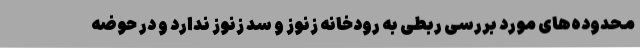
محدوده‌های مورد بررسی ربطی به رودخانه زنوز و سد زنوز ندارد و در حوضه